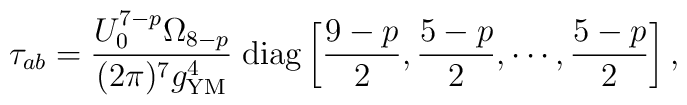
\tau_{ab} =\frac{U_0^{7-p}\Omega_{8-p}}{(2\pi)^7 g^4_{\rm YM}}\;{\rm diag} \left[\frac{9-p}{2}, \frac{5-p}{2},\cdots,\frac{5-p}{2}\right],